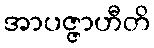
အာပဇ္ဇာဟီတိ